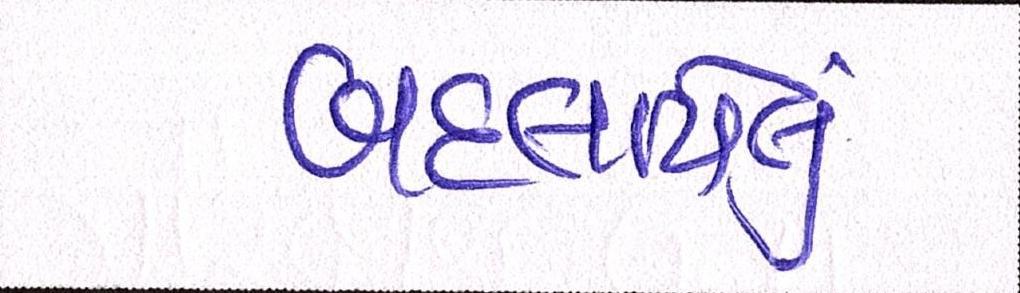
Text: બદલાયેલું